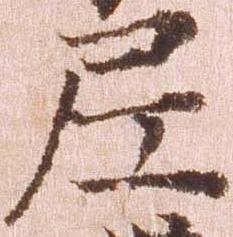
尼